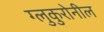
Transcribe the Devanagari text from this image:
ग्लुकुरोनील